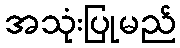
အသုံးပြုမည်